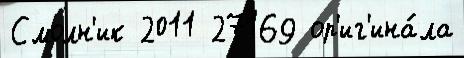
Смолн'ик 2011 27169 ор'иг'ина́ла